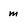
Character: m